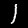
Label: 1